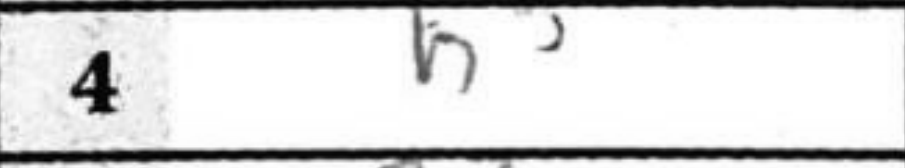
Transcription: h3